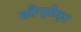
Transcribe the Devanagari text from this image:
कौन्सेक्ट